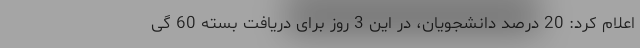
اعلام کرد: 20 درصد دانشجویان، در این 3 روز برای دریافت بسته 60 گی